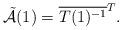
LaTeX: \begin{align*}\tilde{\mathcal{A}}(1) = \overline{ T(1)^{-1} }^{T} .\end{align*}